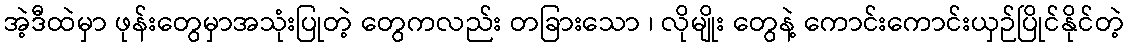
အဲ့ဒီထဲမှာ ဖုန်းတွေမှာအသုံးပြုတဲ့ တွေကလည်း တခြားသော ၊ လိုမျိုး တွေနဲ့ ကောင်းကောင်းယှဉ်ပြိုင်နိုင်တဲ့